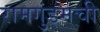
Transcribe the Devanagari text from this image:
रामगुंडमची